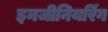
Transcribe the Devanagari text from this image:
इनजीनियरिँग